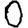
Digit: 0